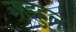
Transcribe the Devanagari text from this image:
अड़हुल